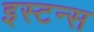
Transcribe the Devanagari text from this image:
इस्टन्स